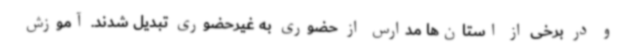
و در برخی از استان‌ها مدارس از حضوری به غیرحضوری تبدیل شدند. آموزش